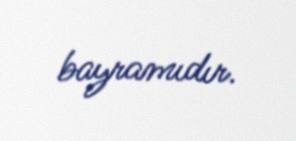
bayramıdır.